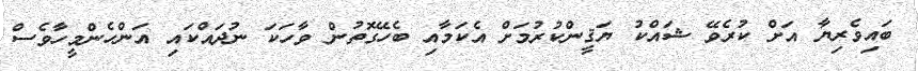
ބައިވެރިޔާ އަށް ކުރެވޭ ޝައްކު ޔަޤީންކުރުމަށް އެކަމާއި ބެހޭގޮތުން ވާހަކަ ނުދައްކައި އަންހެންމީހާވެސް